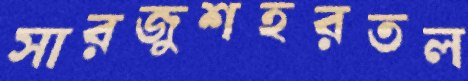
সারজুশহরতল